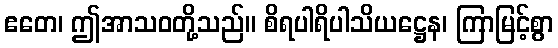
ဧတေ၊ ဤအာသဝတို့သည်။ စိရပါရိပါသိယဋ္ဌေန၊ ကြာမြင့်စွာ